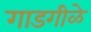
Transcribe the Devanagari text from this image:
गाडगीळे